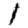
Digit: 1